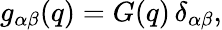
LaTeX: g_{\alpha\beta}(q)=G(q)\, \delta_{\alpha\beta},